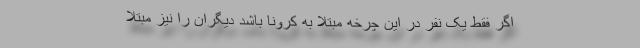
اگر فقط یک نفر در این چرخه مبتلا به کرونا باشد دیگران را نیز مبتلا